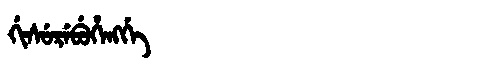
Manchu: ᡤᡳᠰᡠᡵᡝᠪᡠᡥᡝᠩᡤᡝ
Romanization: GISUREBUHENGGE